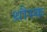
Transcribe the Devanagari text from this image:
थ्रौस्क